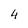
Character: 4